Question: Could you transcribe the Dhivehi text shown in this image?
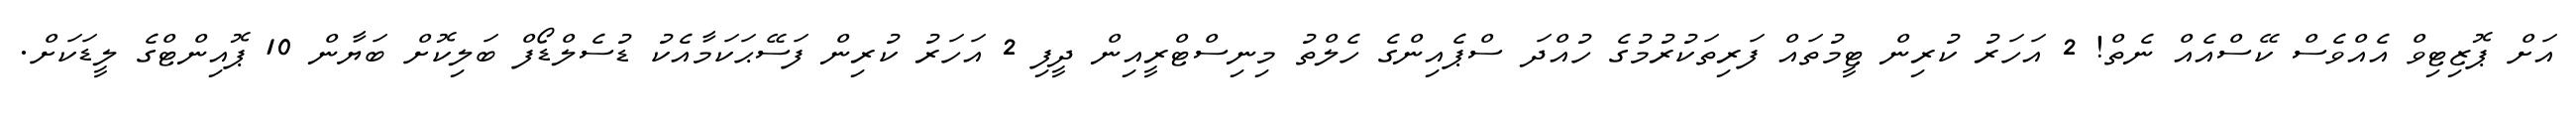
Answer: އަށް ޕޮޒިޓިވް އެއްވެސް ކޭސްއެއް ނެތް! 2 އަހަރު ކުރިން ޓީމުތައް ފަރިތަކުރުމުގެ ހުއްދަ ސްޕެއިންގެ ހެލްތު މިނިސްޓްރީއިން ދީފި 2 އަހަރު ކުރިން ފަސޭޙަކަމާއެކު ޑުސެލްޑޯފް ބަލިކޮށް ބަޔާން 10 ޕޮއިންޓްގެ ލީޑަކަށް.